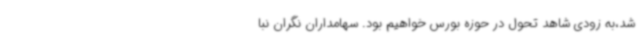
شد،به زودی شاهد تحول در حوزه بورس خواهیم بود. سهامداران نگران نبا